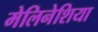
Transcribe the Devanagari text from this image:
मेलिनेशिया